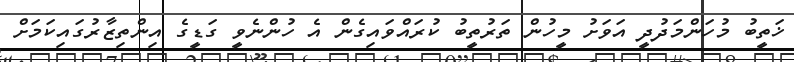
ޚަތީބު މުހަންމަދުދީ އަވަށު މީހުން ތަރުތީބު ކުރައްވައިގެން އެ ހުންނެވީ ގަޑީގެ އިންތިޒާރުގައިކަމަށް